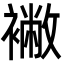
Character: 襒